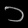
Digit: ၁